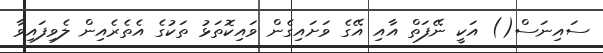
ސައިނަސް() އަކީ ނޭފަތް އާއި އޭގެ ވަށައިގެން ވައިކޮތަޅު ތަކުގެ އެތެރެއިން ލެވިފައިވާ